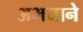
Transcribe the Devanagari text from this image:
अभयाने